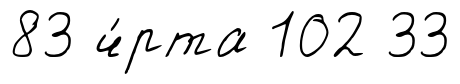
83 ч́рта 102 33